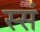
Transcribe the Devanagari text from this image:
स्सं